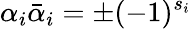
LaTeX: \alpha_{i}{\bar{\alpha}}_{i}=\pm(-1)^{s_{i}}